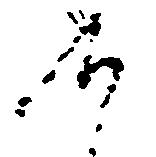
候